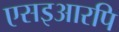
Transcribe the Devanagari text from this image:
एसइआरपि